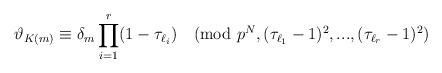
LaTeX: \begin{align*} \vartheta_{K(m)} \equiv \delta_{m}\prod_{i=1}^{r}(1-\tau_{\ell_{i}}) \pmod{p^{N}, (\tau_{\ell_{1}}-1)^{2},...,(\tau_{\ell_{r}}-1)^{2} }\end{align*}